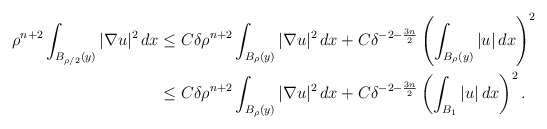
\begin{align*}\rho^{n+2}\int_{B_{\rho/2}(y)}|\nabla u|^2\,dx&\leq C\delta \rho^{n+2}\int_{B_{\rho}(y)}|\nabla u|^2\,dx+ C\delta^{-2-\frac{3n}{2}}\left(\int_{B_{\rho}(y)}|u|\,dx\right)^2\\& \leq C \delta \rho^{n+2}\int_{B_{\rho}(y)}|\nabla u|^2\,dx+C\delta^{-2-\frac{3n}{2}}\left(\int_{B_{1}}|u|\,dx \right)^2.\end{align*}